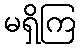
မရှိကြ